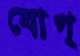
যোগ্